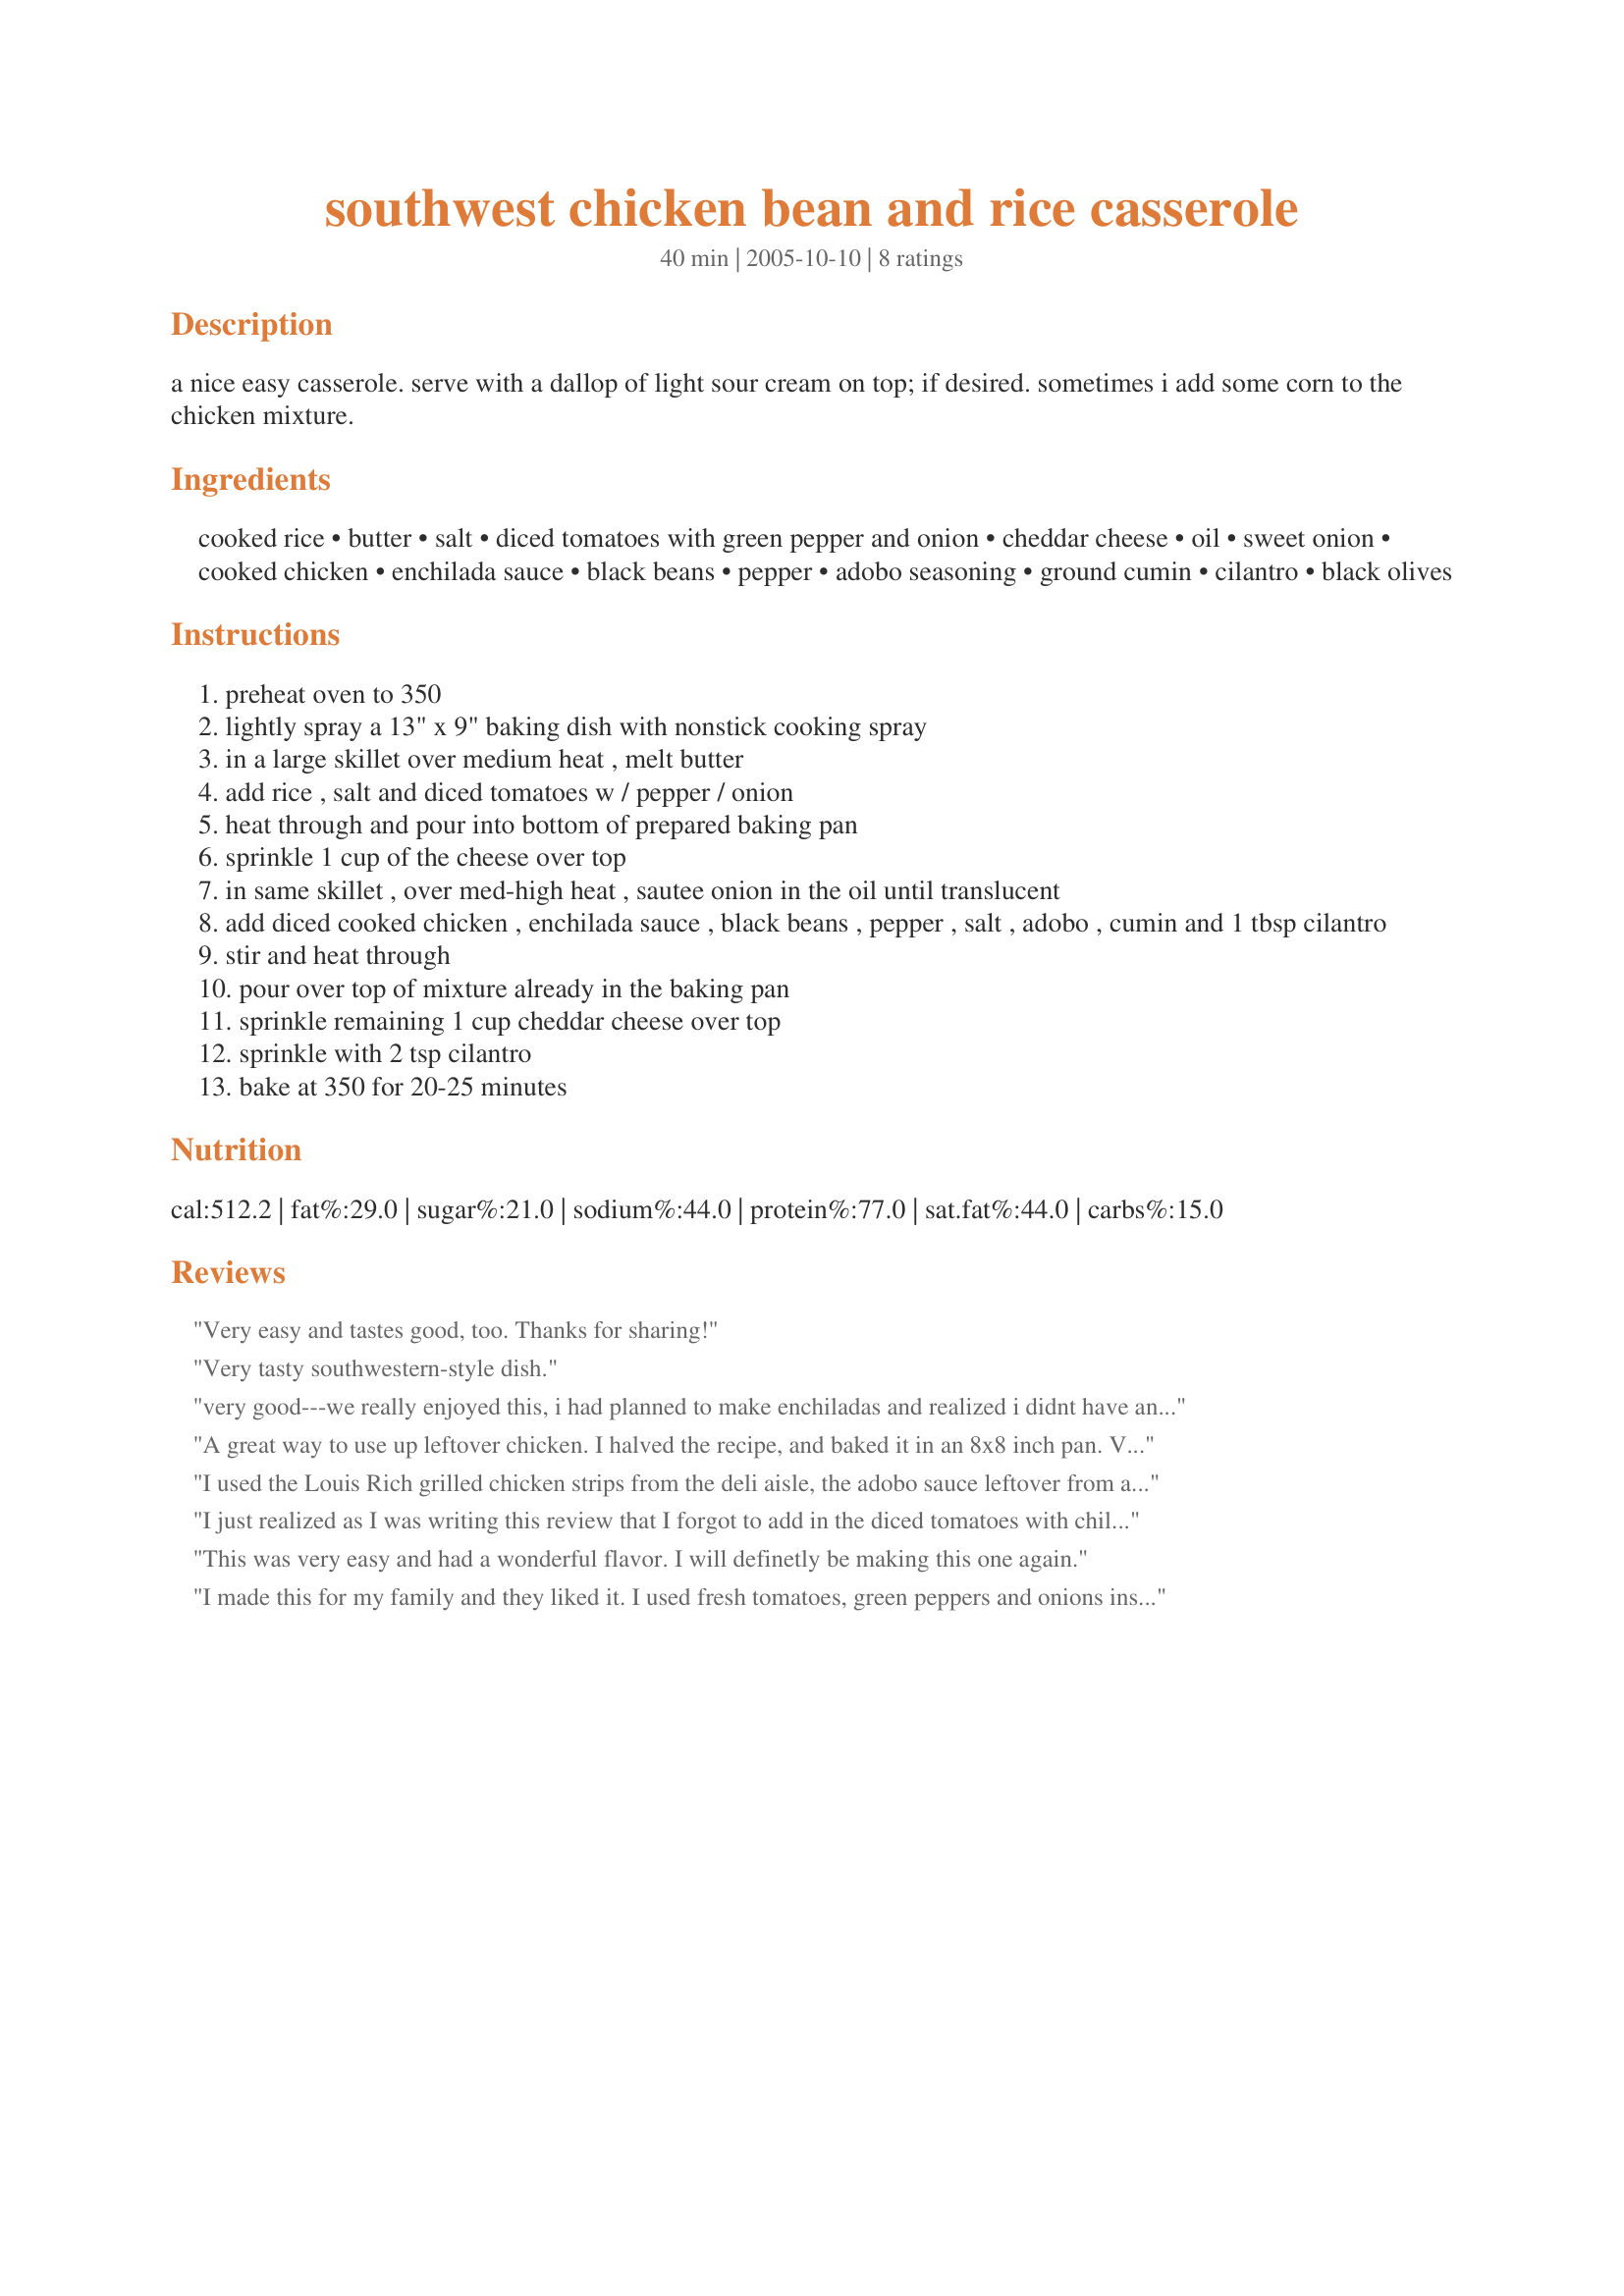
southwest chicken bean and rice casserole
Preparation time: 40 minutes

a nice easy casserole. serve with a dallop of light sour cream on top; if desired. sometimes i add some corn to the chicken mixture.

Ingredients:
cooked rice, butter, salt, diced tomatoes with green pepper and onion, cheddar cheese, oil, sweet onion, cooked chicken, enchilada sauce, black beans, pepper, adobo seasoning, ground cumin, cilantro, black olives

Steps:
preheat oven to 350
lightly spray a 13" x 9" baking dish with nonstick cooking spray
in a large skillet over medium heat , melt butter
add rice , salt and diced tomatoes w / pepper / onion
heat through and pour into bottom of prepared baking pan
sprinkle 1 cup of the cheese over top
in same skillet , over med-high heat , sautee onion in the oil until translucent
add diced cooked chicken , enchilada sauce , black beans , pepper , salt , adobo , cumin and 1 tbsp cilantro
stir and heat through
pour over top of mixture already in the baking pan
sprinkle remaining 1 cup cheddar cheese over top
sprinkle with 2 tsp cilantro
bake at 350 for 20-25 minutes

Reviews:
Very easy and tastes good, too. Thanks for sharing!
Very tasty southwestern-style dish.
very good---we really enjoyed this, i had planned to make enchiladas and realized i didnt have any tortillas so i was excited to find this recipe. my can of enchilada sauce was bigger (29oz) and i served it with sour cream. next time will serve with tortilla chips also- thank you!
A great way to use up leftover chicken. I halved the recipe, and baked it in an 8x8 inch pan. Very good blend of flavors and textures.
I used the Louis Rich grilled chicken strips from the deli aisle, the adobo sauce leftover from a recipe the night before and salsa instead of the diced tomatoes. This recipe was incredibly easy and very tasty. My notoriously picky husband gave it a 5-star! I served with some cornbread and a salad.
I just realized as I was writing this review that I forgot to add in the diced tomatoes with chilis. OOPS! I did halved the recipe & left out the olives. Very tasty & none was left when dinner was over. I guess that means it was a big success! Made for Went to the Market Tag
This was very easy and had a wonderful flavor. I will definetly be making this one again.
I made this for my family and they liked it. I used fresh tomatoes, green peppers and onions instead of the can and it turned out good. It took longer prep time though since I cooked the chicken, rice and black beans first before mixing it all together. But I would definitely make it again.
